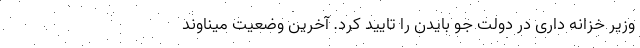
وزیر خزانه داری در دولت جو بایدن را تایید کرد. آخرین وضعیت میناوند